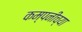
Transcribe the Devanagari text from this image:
कम्पनीच्या